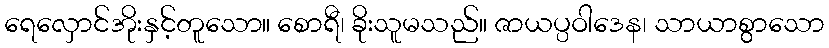
ရေလှောင်အိုးနှင့်တူသော။ စောရီ၊ ခိုးသူမသည်။ ဇာယပ္ပဝါဒေန၊ သာယာစွာသော